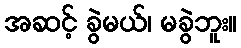
အဆင့် ခွဲမယ်၊ မခွဲဘူး။